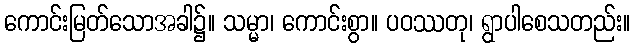
ကောင်းမြတ်သောအခါ၌။ သမ္မာ၊ ကောင်းစွာ။ ပဝဿတု၊ ရွာပါစေသတည်း။